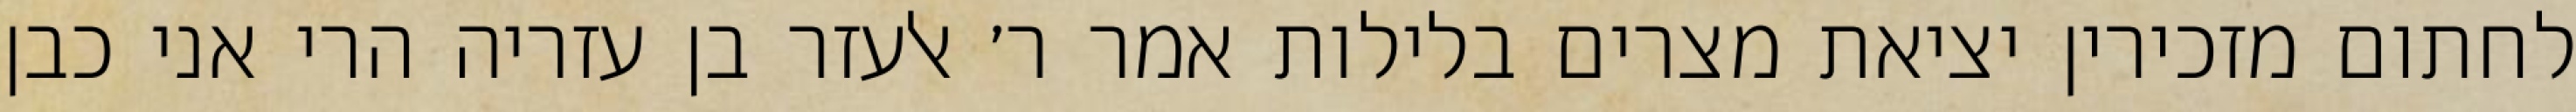
לחתום מזכירין יציאת מצרים בלילות אמר ר׳ אלעזר בן עזריה הרי אני כבן